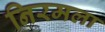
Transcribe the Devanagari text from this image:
निरमला